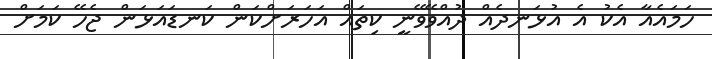
ހަމައެއާ އެކު އެ އުޅަނދެއް ދުއްވޭވޭނީ ކިތައް އަހަރަށްކަން ކަނޑައަޅަން ޖެހޭ ކަމަށް